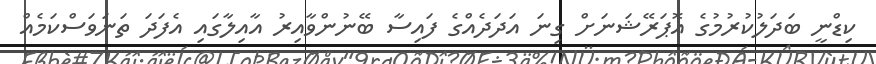
ކިޑްނީ ބަދަލުކުރުމުގެ އޮޕަރޭޝަނަށް ގިނަ އަދަދެއްގެ ފައިސާ ބޭނުންވާއިރު އާއިލާގައި އެފަދަ ތަނަވަސްކަމެއް